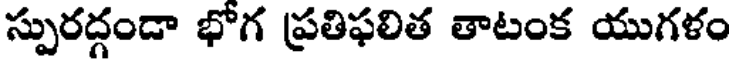
స్పురద్గండా భోగ ప్రతిఫలిత తాటంక యుగళం